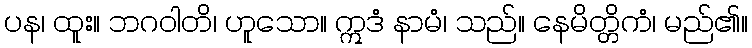
ပန၊ ထူး။ ဘဂဝါတိ၊ ဟူသော။ ဣဒံ နာမံ၊ သည်။ နေမိတ္တိကံ၊ မည်၏။